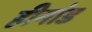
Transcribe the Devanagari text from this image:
हीनांड